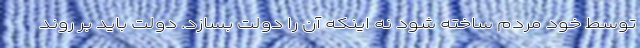
توسط خود مردم ساخته شود نه اینکه آن را دولت بسازد. دولت باید بر روند